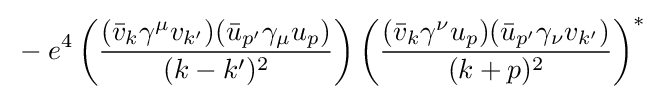
{}-e^{4}\left({\frac {({\bar {v}}_{k}\gamma ^{\mu }v_{k'})({\bar {u}}_{p'}\gamma _{\mu }u_{p})}{(k-k')^{2}}}\right)\left({\frac {({\bar {v}}_{k}\gamma ^{\nu }u_{p})({\bar {u}}_{p'}\gamma _{\nu }v_{k'})}{(k+p)^{2}}}\right)^{*}